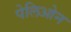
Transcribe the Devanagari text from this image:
पेलिओन